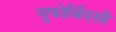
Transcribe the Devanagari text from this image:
युफोर्बिएसी